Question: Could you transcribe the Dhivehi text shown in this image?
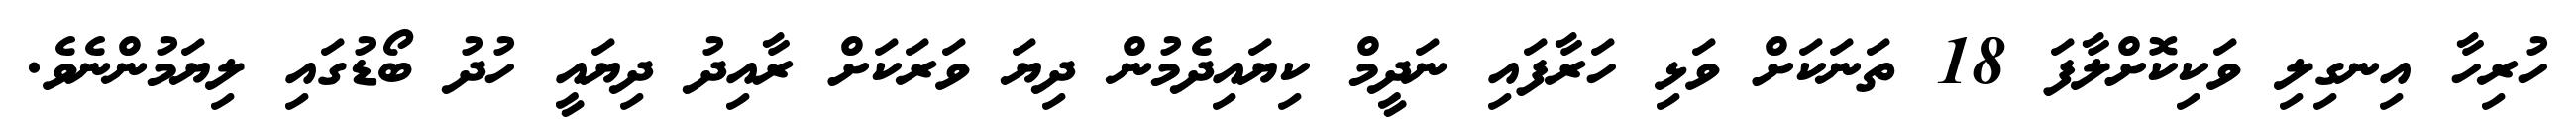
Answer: ހުރިހާ އިނގިލި ވަކިކޮށްލާފަ 18 ތަނަކަށް ވަޅި ހަރާފައި ނަދީމް ކިޔައިދެމުން ދިޔަ ވަރަކަށް ރާއިދު ދިޔައީ ހުދު ބޯޑުގައި ލިޔަމުންނެވެ.